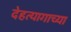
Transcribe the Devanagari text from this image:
देहत्यागाच्या